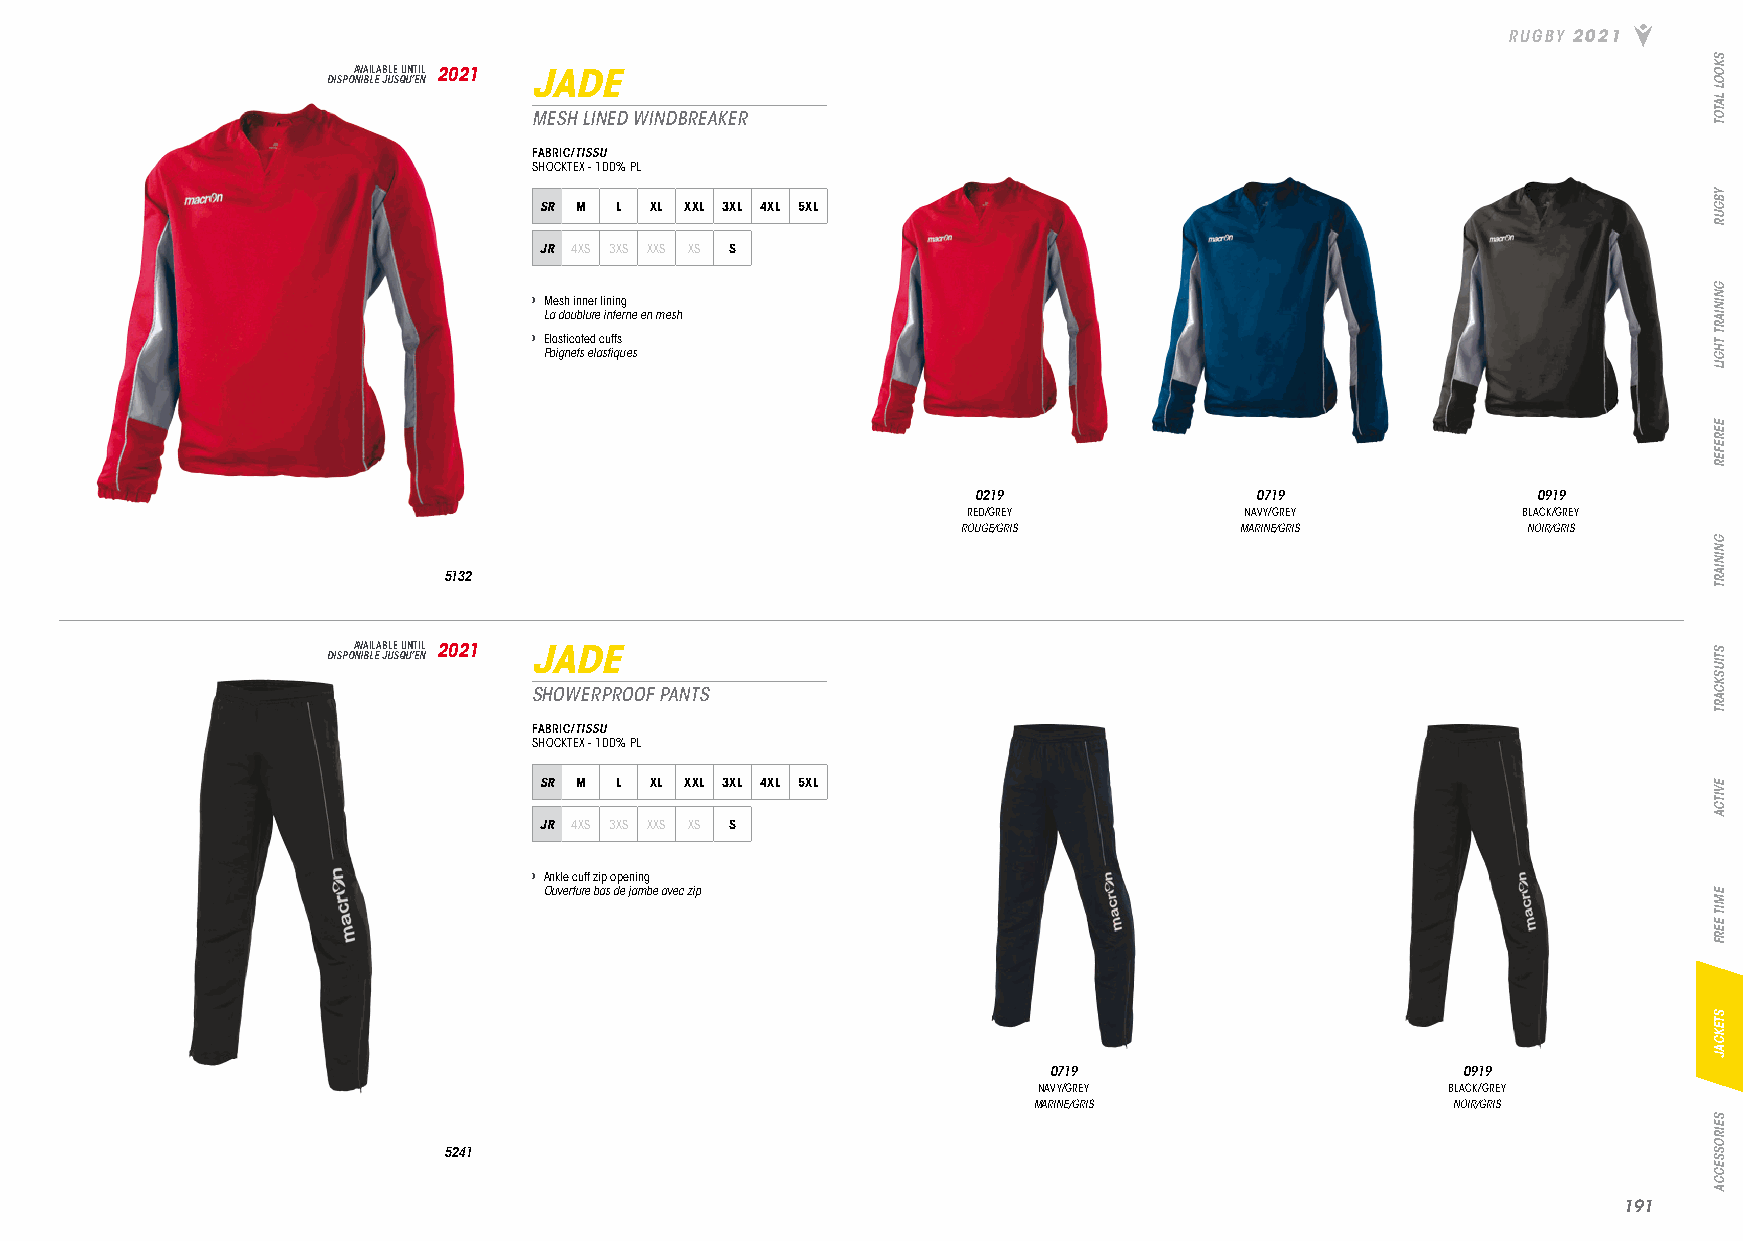
RUGBY 2021
 DISPOA NV IBA LIL EA JB ULE S QU UN ’T EI NL 2021 JADE
 MESH LINED WINDBREAKER
 FABRIC/TISSU
 SHOCKTEX - 100% PL
 SR M L XL XXL 3XL 4XL 5XL
 JR 4XS 3XS XXS XS S
 › Mesh inner lining
 La doublure interne en mesh
 › Elasticated cuffs
 Poignets elastiques
 0219              0719               0919
 RED/GREY          NAVY/GREY          BLACK/GREY
 ROUGE/GRIS        MARINE/GRIS        NOIR/GRIS
 5132
 DISPOA NV IBA LIL EA JB ULE S QU UN ’T EI NL 2021 JADE
 SHOWERPROOF PANTS
 FABRIC/TISSU
 SHOCKTEX - 100% PL
 SR M L XL XXL 3XL 4XL 5XL
 JR 4XS 3XS XXS XS S
 › Ankle cuff zip opening
 Ouverture bas de jambe avec zip
 0719                        0919
 NAVY/GREY                  BLACK/GREY
 MARINE/GRIS                 NOIR/GRIS
 5241
 119911
 SKOOL
 LATOT
 YBGUR
 GNINIART
 THGIL
 EEREFER
 GNINIART
 STIUSKCART
 EVITCA
 EMIT
 EERF
 STEKCAJ
 SEIROSSECCA